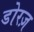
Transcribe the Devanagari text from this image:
डोरज़